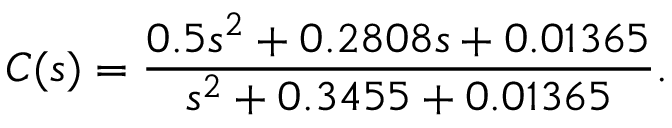
C ( s ) = \frac { 0 . 5 s ^ { 2 } + 0 . 2 8 0 8 s + 0 . 0 1 3 6 5 } { s ^ { 2 } + 0 . 3 4 5 5 + 0 . 0 1 3 6 5 } .